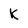
Character: K